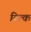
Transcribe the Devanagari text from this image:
ब्ल्कि